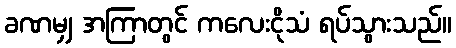
ခဏမျှ အကြာတွင် ကလေးငိုသံ ရပ်သွားသည်။